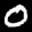
Label: 0